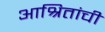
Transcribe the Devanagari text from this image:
आश्रितांची